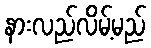
နားလည်လိမ့်မည်